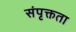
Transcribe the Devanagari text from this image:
संपृक्तता